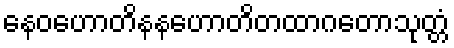
နေဝဟောတိနနဟောတိတထာဂတောသုတ္တံ